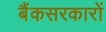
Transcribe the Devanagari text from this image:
बैंकसरकारों